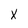
Character: x